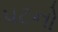
પટનો